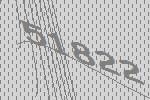
51822